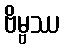
ဗိမ္ဗဿ